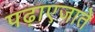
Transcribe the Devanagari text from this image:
पढ़ाएजाते